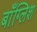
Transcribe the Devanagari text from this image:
बाँग्लिश